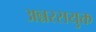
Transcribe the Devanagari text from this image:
अन्नरसयुक्त